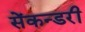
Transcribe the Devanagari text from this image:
सेंकन्‍डरी